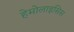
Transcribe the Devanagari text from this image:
हेमोलाइसिस